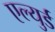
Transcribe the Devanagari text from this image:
एल्युर्ड